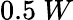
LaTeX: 0.5~W